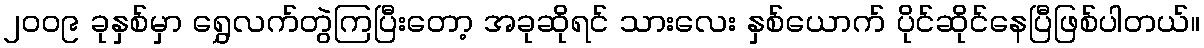
၂၀၀၉ ခုနှစ်မှာ ရွှေလက်တွဲကြပြီးတော့ အခုဆိုရင် သားလေး နှစ်ယောက် ပိုင်ဆိုင်နေပြီဖြစ်ပါတယ်။